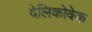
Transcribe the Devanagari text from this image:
वेलिकोवेक